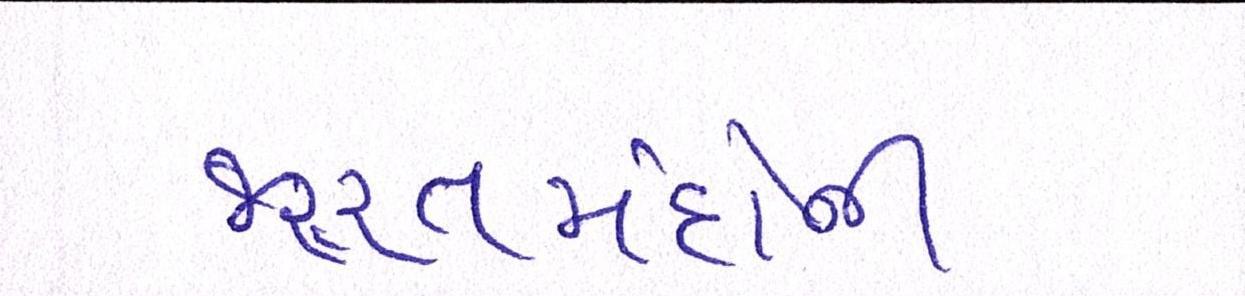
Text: જરૂરતમંદોની